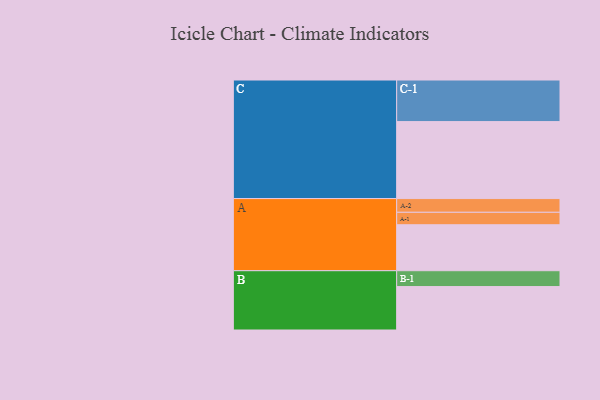
{"axis": {"x": "Segment", "y": "Value"}, "legend": ["", "A", "B", "C"], "data": [{"x": "A", "y": 325, "type": ""}, {"x": "B", "y": 307, "type": ""}, {"x": "C", "y": 544, "type": ""}, {"x": "A-1", "y": 88, "type": "A"}, {"x": "A-2", "y": 97, "type": "A"}, {"x": "B-1", "y": 112, "type": "B"}, {"x": "C-1", "y": 294, "type": "C"}]}